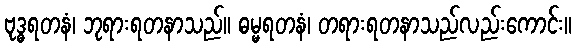
ဗုဒ္ဓရတနံ၊ ဘုရားရတနာသည်။ ဓမ္မရတနံ၊ တရားရတနာသည်လည်းကောင်း။